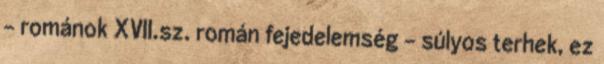
– románok XVII.sz. román fejedelemség – súlyos terhek, ez